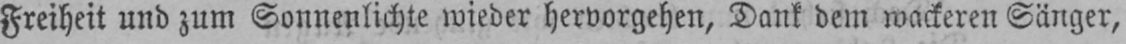
Freiheit und zum Sonnenlichte wieder hervorgehen, Dank dem wackeren Sänger,